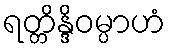
ရတ္တိန္ဒိဝမ္ပာဟံ